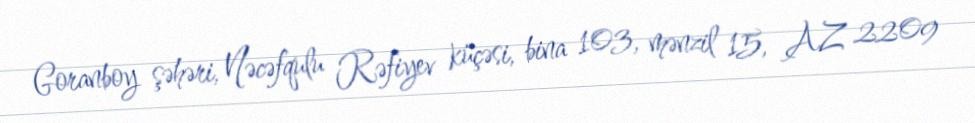
Goranboy şəhəri, Nəcəfqulu Rəfiyev küçəsi, bina 103, mənzil 15, AZ 2209